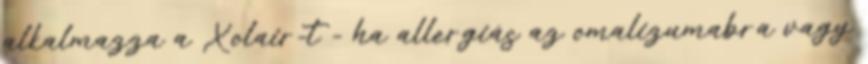
alkalmazza a Xolair-t - ha allergiás az omalizumabra vagy